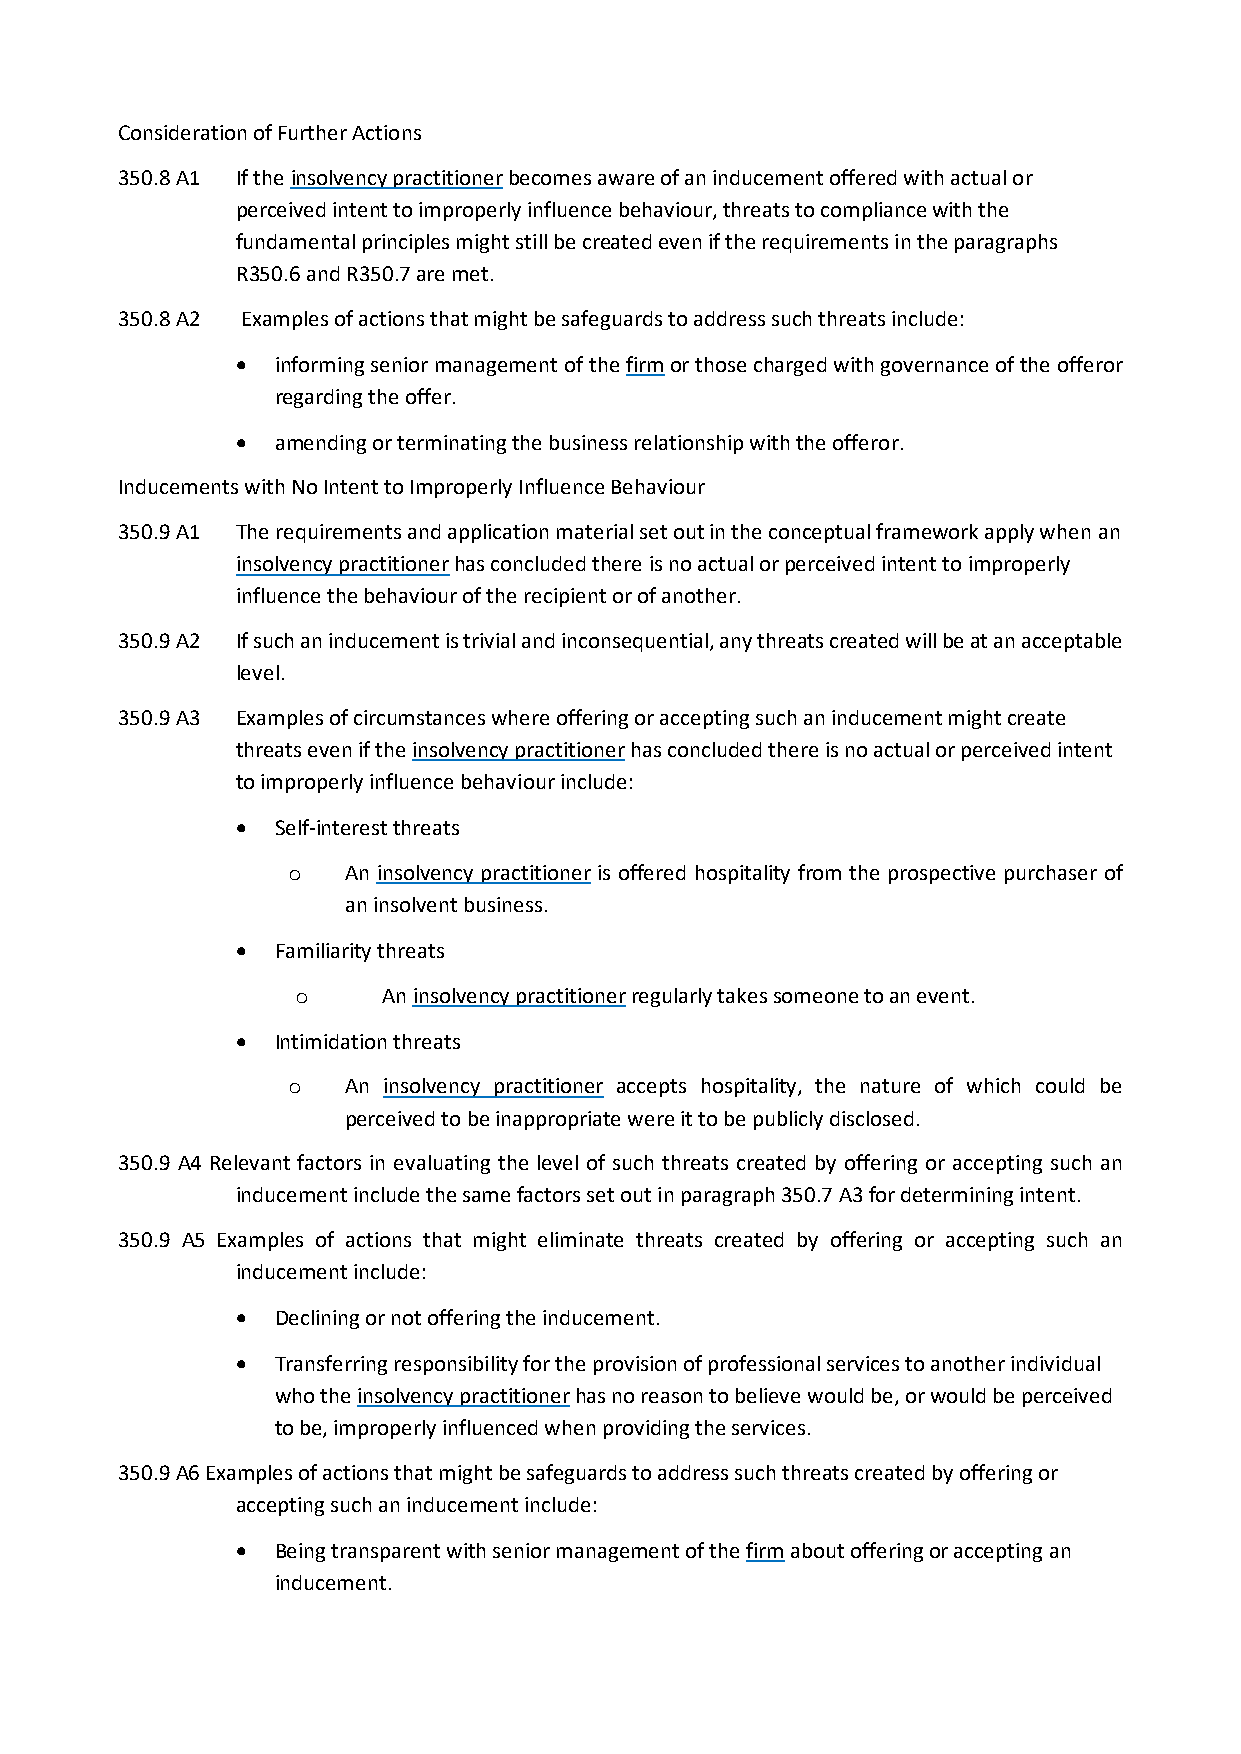
Consideration of Further Actions
 350.8 A1 If the insolvency practitioner becomes aware of an inducement offered with actual or
 perceived intent to improperly influence behaviour, threats to compliance with the
 fundamental principles might still be created even if the requirements in the paragraphs
 R350.6 and R350.7 are met.
 350.8 A2 Examples of actions that might be safeguards to address such threats include:
 • informing senior management of the firm or those charged with governance of the offeror
 regarding the offer.
 • amending or terminating the business relationship with the offeror.
 Inducements with No Intent to Improperly Influence Behaviour
 350.9 A1 The requirements and application material set out in the conceptual framework apply when an
 insolvency practitioner has concluded there is no actual or perceived intent to improperly
 influence the behaviour of the recipient or of another.
 350.9 A2 If such an inducement is trivial and inconsequential, any threats created will be at an acceptable
 level.
 350.9 A3 Examples of circumstances where offering or accepting such an inducement might create
 threats even if the insolvency practitioner has concluded there is no actual or perceived intent
 to improperly influence behaviour include:
 • Self-interest threats
 An insolvency practitioner is offered hospitality from the prospective purchaser of
 o
 an insolvent business.
 • Familiarity threats
 An insolvency practitioner regularly takes someone to an event.
 o
 • Intimidation threats
 An insolvency practitioner accepts hospitality, the nature of which could be
 o
 perceived to be inappropriate were it to be publicly disclosed.
 350.9 A4 Relevant factors in evaluating the level of such threats created by offering or accepting such an
 inducement include the same factors set out in paragraph 350.7 A3 for determining intent.
 350.9 A5 Examples of actions that might eliminate threats created by offering or accepting such an
 inducement include:
 • Declining or not offering the inducement.
 • Transferring responsibility for the provision of professional services to another individual
 who the insolvency practitioner has no reason to believe would be, or would be perceived
 to be, improperly influenced when providing the services.
 350.9 A6 Examples of actions that might be safeguards to address such threats created by offering or
 accepting such an inducement include:
 • Being transparent with senior management of the firm about offering or accepting an
 inducement.